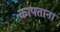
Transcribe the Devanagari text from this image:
कापताना